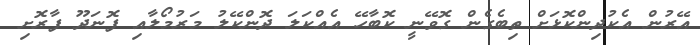
އޭރުން އެކުދިންކޮޅަށް ތިބެގެން ގޮވޭނީ ކޮބާހޭ އެއްކަލަ ދޮންކޭލު މަރުމޯލާއި ފޮނަދޫ ފާރޮށި